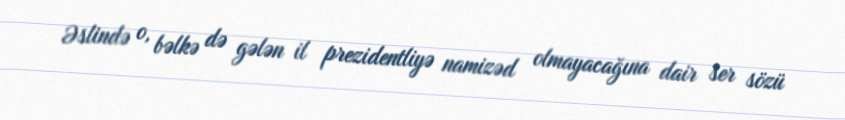
Əslində o, bəlkə də gələn il prezidentliyə namizəd olmayacağına dair ser sözü